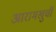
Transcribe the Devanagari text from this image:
आरामखुर्ची